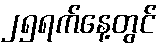
၂၅ရက်နေ့တွင်